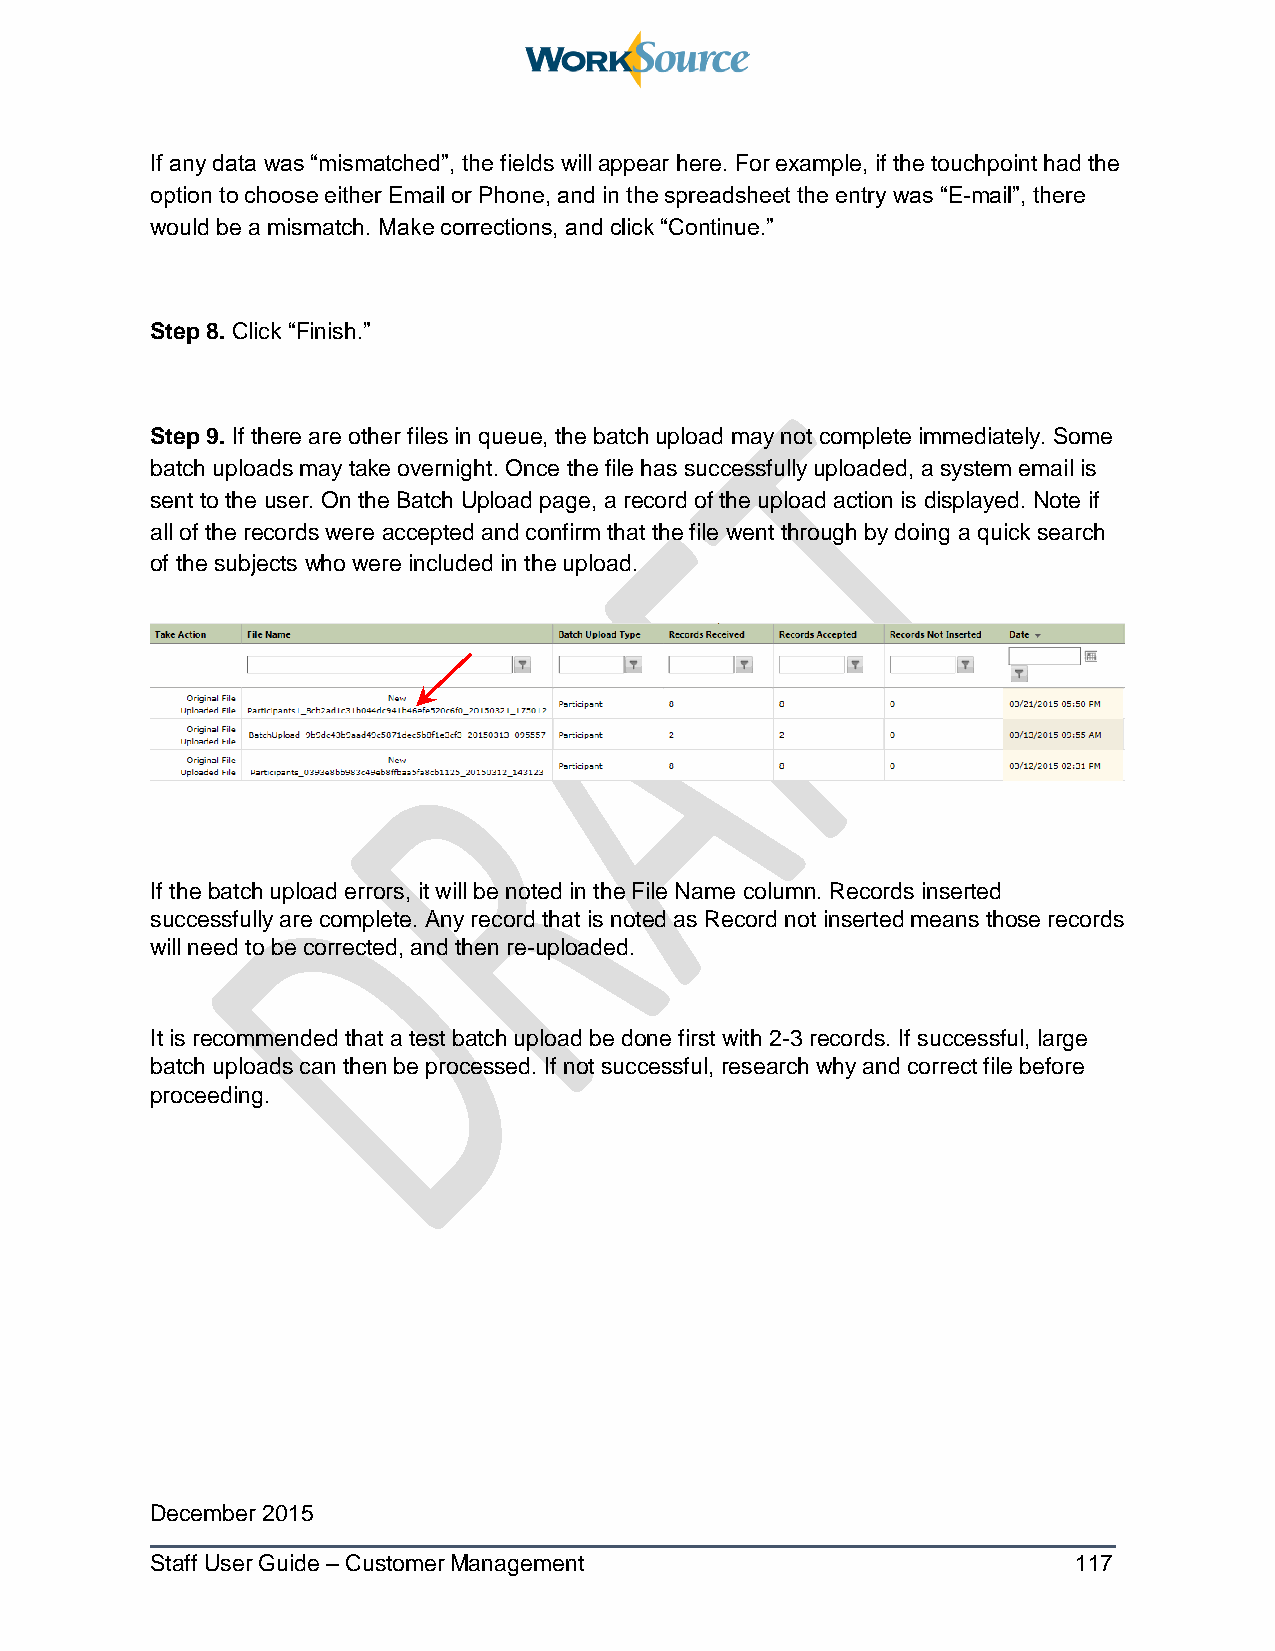
If any data was “mismatched”, the fields will appear here. For example, if the touchpoint had the
 option to choose either Email or Phone, and in the spreadsheet the entry was “E-mail”, there
 would be a mismatch. Make corrections, and click “Continue.”
 Step 8. Click “Finish.”
 Step 9. If there are other files in queue, the batch upload may not complete immediately. Some
 batch uploads may take overnight. Once the file has successfully uploaded, a system email is
 sent to the user. On the Batch Upload page, a record of the upload action is displayed. Note if
 all of the records were accepted and confirm that the file went through by doing a quick search
 of the subjects who were included in the upload.
 If the batch upload errors, it will be noted in the File Name column. Records inserted
 successfully are complete. Any record that is noted as Record not inserted means those records
 will need to be corrected, and then re-uploaded.
 It is recommended that a test batch upload be done first with 2-3 records. If successful, large
 batch uploads can then be processed. If not successful, research why and correct file before
 proceeding.
 December 2015
 Staff User Guide – Customer Management                       117